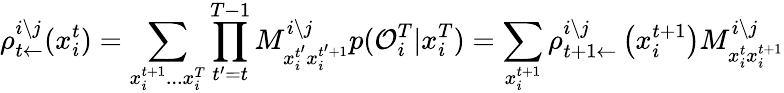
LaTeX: \rho_{t\leftarrow}^{i\setminus j}(x_{i}^{t})=\sum_{x_{i}^{t+1}...x_{i}^{T}}\prod_{t^{\prime}=t}^{T-1}M_{x_{i}^{t^{\prime}}x_{i}^{t^{\prime}+1}}^{i\setminus j}p(\mathcal{O}_{i}^{T}|x_{i}^{T})=\sum_{x_{i}^{t+1}}\rho_{t+1\leftarrow}^{i\setminus j}\left(x_{i}^{t+1}\right)M_{x_{i}^{t}x_{i}^{t+1}}^{i\setminus j}